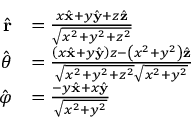
{ \begin{array} { r l } { { \hat { \mathbf { r } } } } & { = { \frac { x { \hat { \mathbf { x } } } + y { \hat { \mathbf { y } } } + z { \hat { \mathbf { z } } } } { \sqrt { x ^ { 2 } + y ^ { 2 } + z ^ { 2 } } } } } \\ { { \hat { \boldsymbol { \theta } } } } & { = { \frac { \left( x { \hat { \mathbf { x } } } + y { \hat { \mathbf { y } } } \right) z - \left( x ^ { 2 } + y ^ { 2 } \right) { \hat { \mathbf { z } } } } { { \sqrt { x ^ { 2 } + y ^ { 2 } + z ^ { 2 } } } { \sqrt { x ^ { 2 } + y ^ { 2 } } } } } } \\ { { \hat { \boldsymbol { \varphi } } } } & { = { \frac { - y { \hat { \mathbf { x } } } + x { \hat { \mathbf { y } } } } { \sqrt { x ^ { 2 } + y ^ { 2 } } } } } \end{array} }